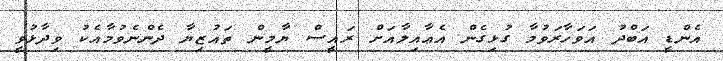
އެންޑީ އަބްދު އަވަހާރަވުމާ ގުޅިގެން އެޢާއިލާއަށް ރައީސް ޔާމީން ތައުޒިޔާ ދެންނެވުމާއެކު ވިދާޅުވީ